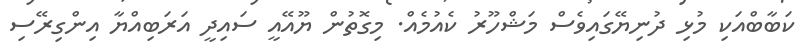
ކަބާބްއަކި މުޅި ދުނިޔޭގައިވެސް މަޝްހޫރު ކެއުމެއް. މިގޮތުން ޔޫއޭއީ ސައިދީ އަރަބިއްޔާ އިންގިރޭސި